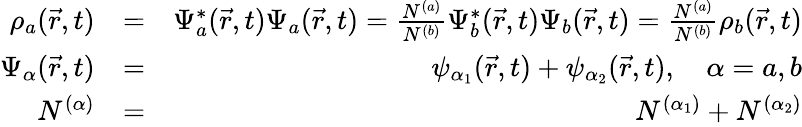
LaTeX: \begin{array}{rlr}{\rho_{a}(\vec{r},t)}&{=}&{\Psi_{a}^{*}(\vec{r},t)\Psi_{a}(\vec{r},t)=\frac{N^{(a)}}{N^{(b)}}\Psi_{b}^{*}(\vec{r},t)\Psi_{b}(\vec{r},t)=\frac{N^{(a)}}{N^{(b)}}\rho_{b}(\vec{r},t)}\\ {\Psi_{\alpha}(\vec{r},t)}&{=}&{\psi_{\alpha_{1}}(\vec{r},t)+\psi_{\alpha_{2}}(\vec{r},t),\quad\alpha=a,b}\\ {N^{(\alpha)}}&{=}&{N^{(\alpha_{1})}+N^{(\alpha_{2})}}\end{array}